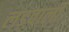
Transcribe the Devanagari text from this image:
लड़वाली